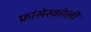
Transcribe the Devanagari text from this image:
फ्रांसेस्कोली